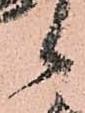
々